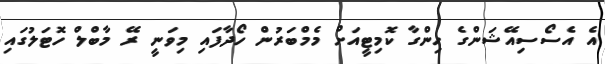
އެ އެސޯސިއޭޝަންގެ ހިންގާ ކޮމިޓީއަށް މެމްބަރުން ހޯދާފައި މިވަނީ ރޭ މާބްލް ހޮޓަލުގައި